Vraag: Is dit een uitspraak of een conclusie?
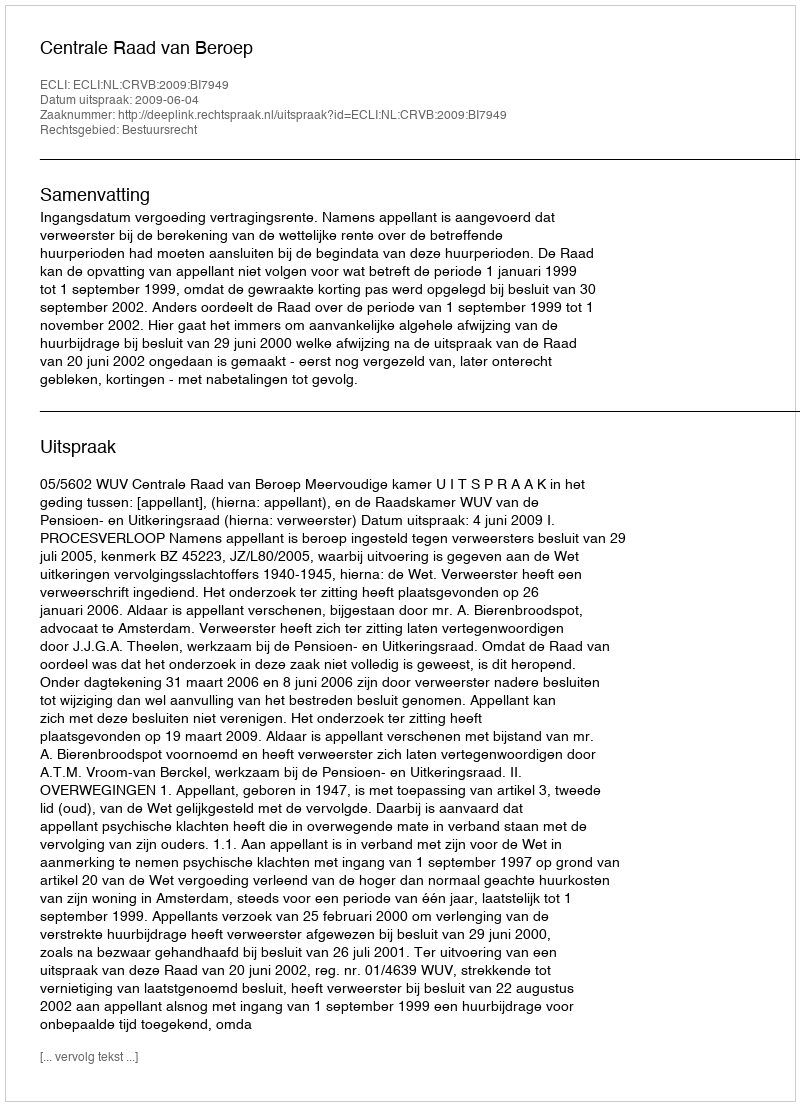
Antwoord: Uitspraak